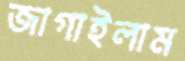
জাগাইলাম